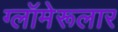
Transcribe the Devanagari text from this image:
ग्लॉमेरूलार